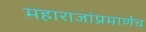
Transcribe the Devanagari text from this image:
महाराजांप्रमाणेच